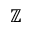
\mathbb { Z }